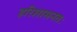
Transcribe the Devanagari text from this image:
हरिशासनतः